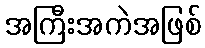
အကြီးအကဲအဖြစ်